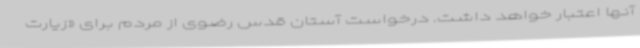
آنها اعتبار خواهد داشت. درخواست آستان قدس رضوی از مردم برای «زیارت